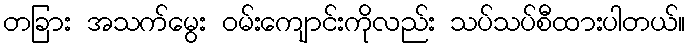
တခြား အသက်မွေး ဝမ်းကျောင်းကိုလည်း သပ်သပ်စီထားပါတယ်။